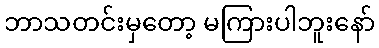
ဘာသတင်းမှတော့ မကြားပါဘူးနော်